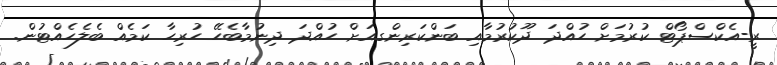
ރީ-އެކްސްޕޯޓް ކުރުމަށް ހުއްދަ ދޫކުރުމާއި ބަންކަރިންގއަށް ހުއްދަ ދިނުމާބެހޭ ހުރިހާ ކަމެއް ބެލެހެއްޓުން.